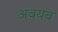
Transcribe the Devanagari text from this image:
अवयब